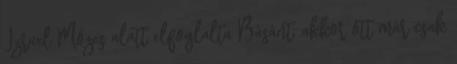
Izrael Mózes alatt elfoglalta Básánt, akkor ott már csak